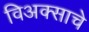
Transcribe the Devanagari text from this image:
विअक्साचे